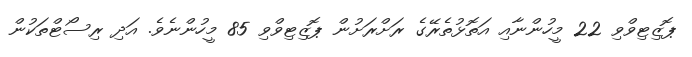
ޕޮޒިޓިވްވި 22 މީހުންނާއި އަތޮޅުތެރޭގެ ރަށްރަށުން ޕޮޒިޓިވްވި 85 މީހުންނެވެ. އަދި ރިސޯޓްތަކުން